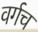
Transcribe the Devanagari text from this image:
वर्गच